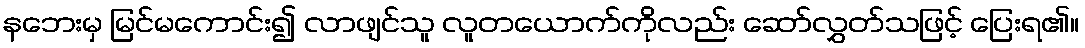
နဘေးမှ မြင်မကောင်း၍ လာဖျင်သူ လူတယောက်ကိုလည်း ဆော်လွှတ်သဖြင့် ပြေးရ၏။